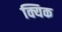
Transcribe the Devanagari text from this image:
क्यिक